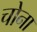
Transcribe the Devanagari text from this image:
चोना